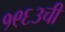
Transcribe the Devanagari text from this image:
१९६३ची